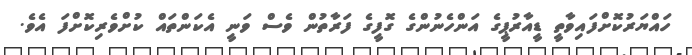
ހައްޔަރުކޮށްފައިވާތީ ޑީއާރުޕީގެ އަންހެނުންގެ ގޮފީގެ ފަރާތުން ވެސް ވަނީ އެކަންތައް ކުށްވެރިކޮށްފަ އެވެ.